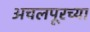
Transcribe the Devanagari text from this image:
अचलपूरच्या